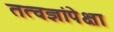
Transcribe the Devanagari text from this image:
तत्वज्ञांपेक्षा